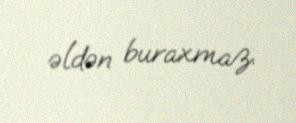
əldən buraxmaz.